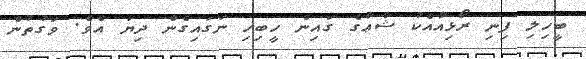
ބީހިލި ފިނި ރޯޅިއާއެކު ޝާޢާގެ ގައިން ހީބިހި ނަގައިގެން ދިޔަ އެވެ. ވަގުތުން